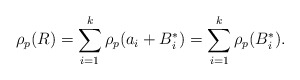
\begin{align*} \rho_p(R) = \sum_{i = 1}^{k} \rho_p(a_i + B_i^*) = \sum_{i = 1}^{k} \rho_p(B_i^*).\end{align*}